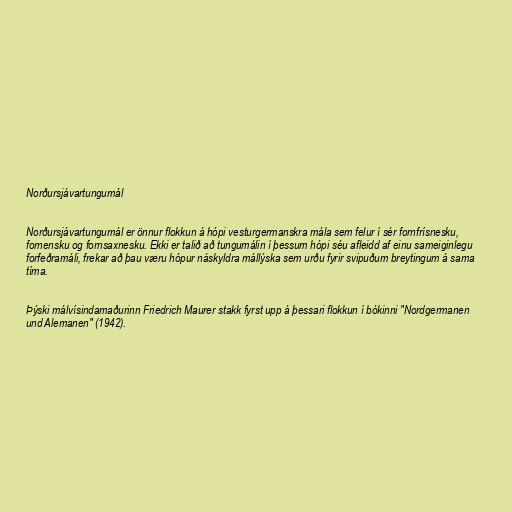
Norðursjávartungumál

Norðursjávartungumál er önnur flokkun á hópi vesturgermanskra mála sem felur í sér fornfrísnesku,
fornensku og fornsaxnesku. Ekki er talið að tungumálin í þessum hópi séu afleidd af einu sameiginlegu
forfeðramáli, frekar að þau væru hópur náskyldra mállýska sem urðu fyrir svipuðum breytingum á sama
tíma.

Þýski málvísindamaðurinn Friedrich Maurer stakk fyrst upp á þessari flokkun í bókinni "Nordgermanen
und Alemanen" (1942).